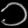
Digit: ၁